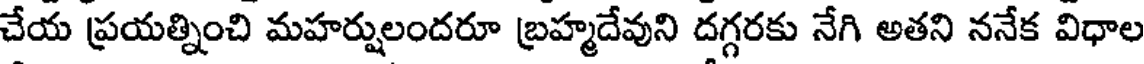
చేయ ప్రయత్నించి మహర్షులందరూ బ్రహ్మదేవుని దగ్గరకు నేగి అతని ననేక విధాల